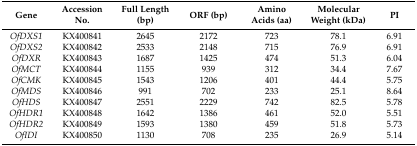
<table><thead><tr><td><b>Gene</b></td><td><b>Accession No.</b></td><td><b>Full Length (bp)</b></td><td><b>ORF (bp)</b></td><td><b>Amino Acids (aa)</b></td><td><b>Molecular Weight (kDa)</b></td><td><b>PI</b></td></tr></thead><tbody><tr><td><i>OfDXS1</i></td><td>KX400841</td><td>2645</td><td>2172</td><td>723</td><td>78.1</td><td>6.91</td></tr><tr><td><i>OfDXS2</i></td><td>KX400842</td><td>2533</td><td>2148</td><td>715</td><td>76.9</td><td>6.91</td></tr><tr><td><i>OfDXR</i></td><td>KX400843</td><td>1687</td><td>1425</td><td>474</td><td>51.3</td><td>6.04</td></tr><tr><td><i>OfMCT</i></td><td>KX400844</td><td>1155</td><td>939</td><td>312</td><td>34.4</td><td>7.67</td></tr><tr><td><i>OfCMK</i></td><td>KX400845</td><td>1543</td><td>1206</td><td>401</td><td>44.4</td><td>5.75</td></tr><tr><td><i>OfMDS</i></td><td>KX400846</td><td>991</td><td>702</td><td>233</td><td>25.1</td><td>8.64</td></tr><tr><td><i>OfHDS</i></td><td>KX400847</td><td>2551</td><td>2229</td><td>742</td><td>82.5</td><td>5.78</td></tr><tr><td><i>OfHDR1</i></td><td>KX400848</td><td>1642</td><td>1386</td><td>461</td><td>52.0</td><td>5.51</td></tr><tr><td><i>OfHDR2</i></td><td>KX400849</td><td>1593</td><td>1380</td><td>459</td><td>51.8</td><td>5.73</td></tr><tr><td><i>OfIDI</i></td><td>KX400850</td><td>1130</td><td>708</td><td>235</td><td>26.9</td><td>5.14</td></tr></tbody></table>